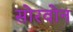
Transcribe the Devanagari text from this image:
सोरवोन